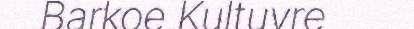
Barkoe Kultuvre